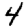
Digit: 4